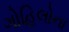
ગોહિલોના